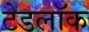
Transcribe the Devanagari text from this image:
टेडलॉक